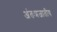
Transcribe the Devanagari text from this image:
अंतःप्रजातीय